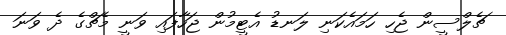
ޗެލްސީން ޖެހި ހަމައެކަނި ލަނޑު އެޓީމުން ޖަހާފައި ވަނީ މެޗްގެ ދެ ވަނަ